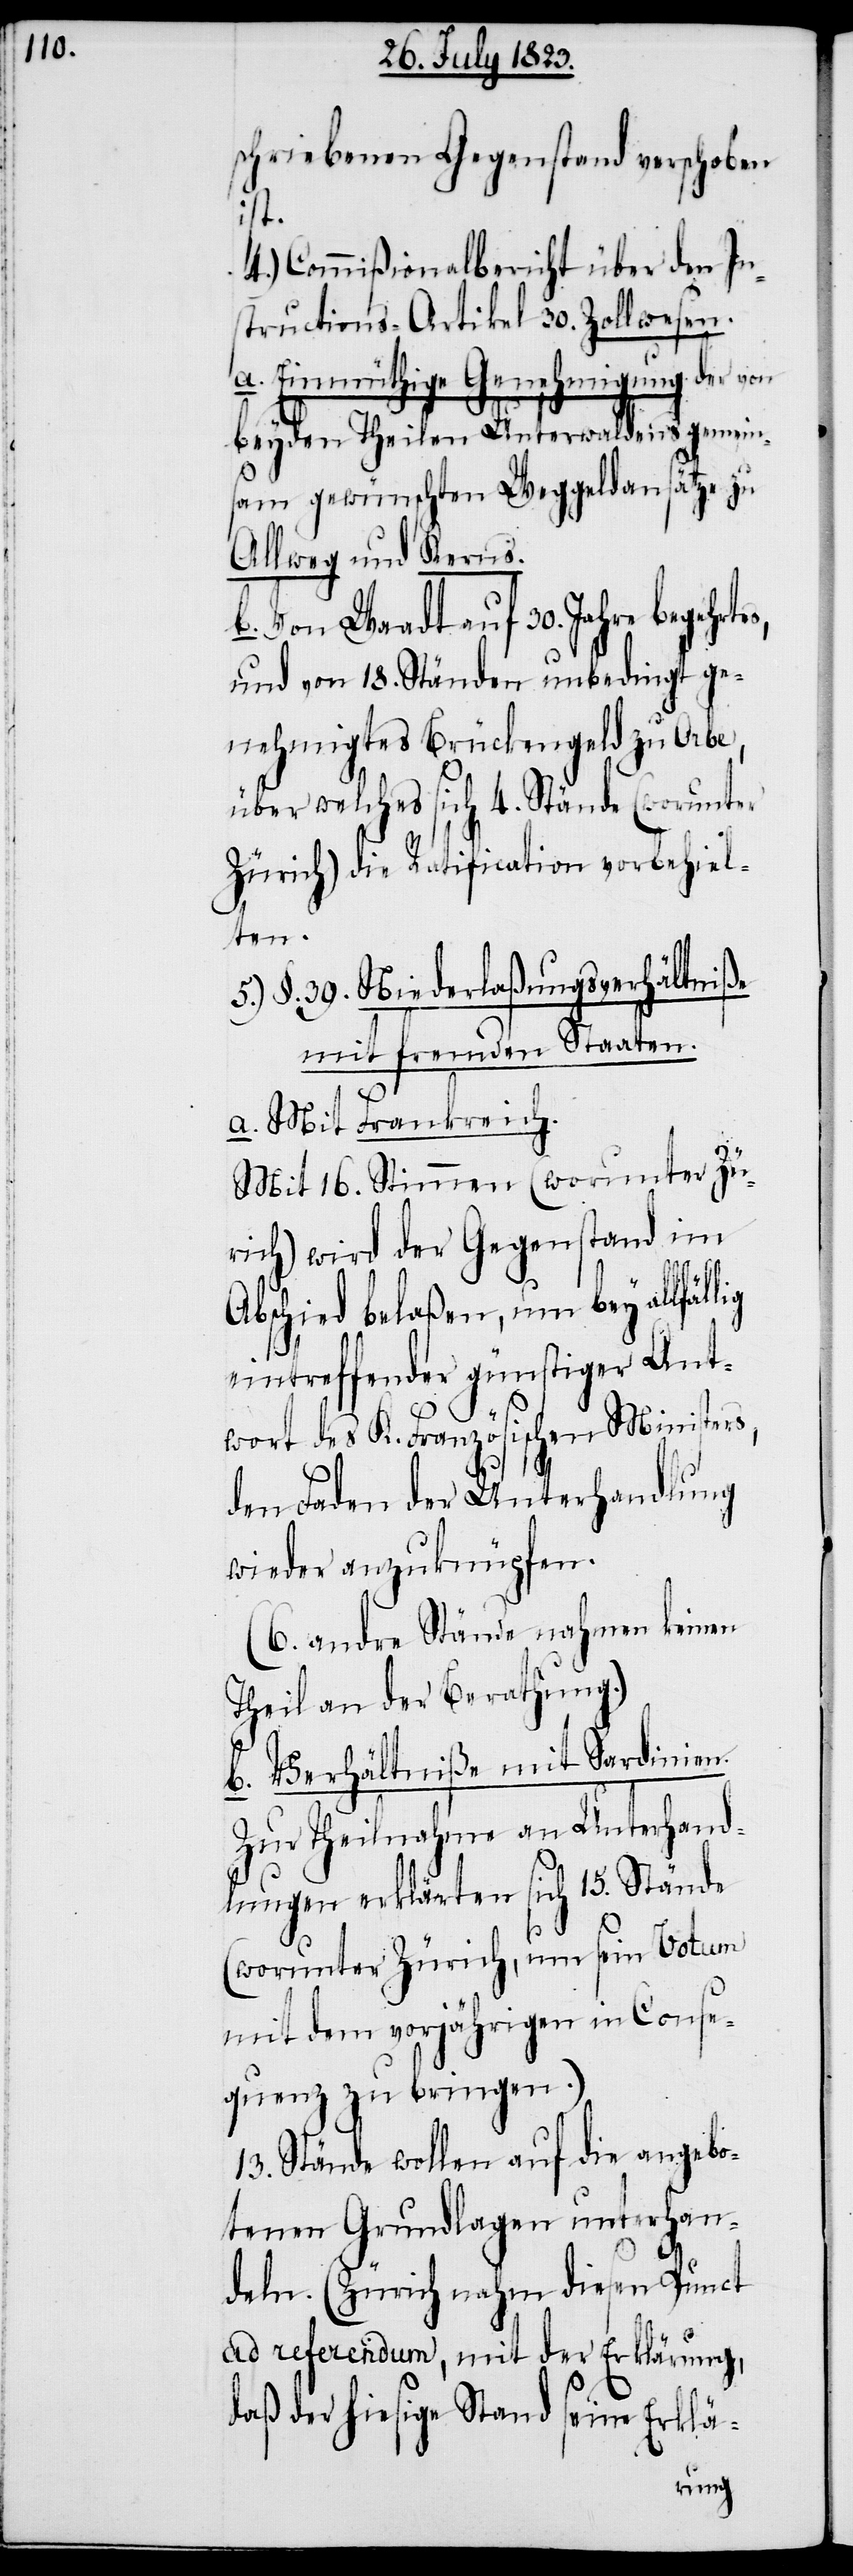
schriebenen Gegenstand verschoben
lig
4.) Commißionalbericht über den In¬
structions-Artikel 30. Zollwesen.
a. Einmüthige Genehmigung der
beyden Theilen Unterwaldens gemein¬
sam gewünschten Weggeldansätze zu
Allweg und Kerns.
b. Von Waadt auf 30. Jahre begehrt¬
und von 18. Ständen unbedingt ge¬
nehmigtes Brückengeld zu Orbe,
über welches sich 4. Stände (worunter
Zürich) die Ratification vorbehiel¬
ten.
5.) §. 39. Niederlaßungsverhältniße
mit fremden Staaten.
a. Mit Frankreich.
Mit 16. Stimmen (worunter Zü¬
rich) wird der Gegenstand im
Abschied belaßen, um bey allfäl¬
eintreffender günstiger Ant¬
wort des K. Französischen Ministers,
den Faden der Unterhandlung
wieder anzuknüpfen.
(6. andre Stände nahmen keinen
Theil an der Berathung.)
b. Verhältniße mit Sardinien.
Zur Theilnahme an Unterhand¬
lungen erklärten sich 15. Stände
(worunter Zürich, um sein Votum
mit dem vorjährigen in Conse¬
quenz zu bringen.)
13. Stände wollen auf die angebo¬
tenen Grundlagen unterhan¬
deln. (Zürich nahm diesen Punct
ad referendum, mit der Erklärung,
daß der hiesige Stand seine Erklä-